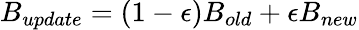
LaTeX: B_{update}=(1-\epsilon)B_{old}+\epsilon B_{new}